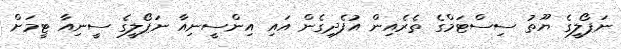
ނަޕޯލީގެ ޔޫތު ސިސްޓަމްގެ ތެރެއިން އުފެދިގެން އައި އިންސީނިއާ ނަޕޯލީގެ ސީނިއާ ޓީމަށް